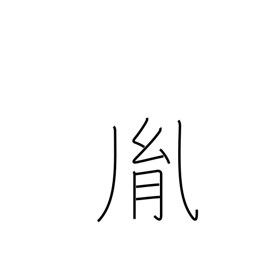
Meaning: issue